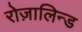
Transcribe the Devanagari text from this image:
रोज़ालिन्ड